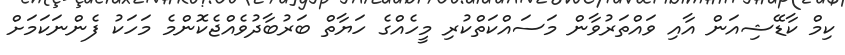
ކިމް ކާޑޭޝިއަން އާއި ވައްތަރުވާން މަސައްކަތްކުރި މީހެއްގެ ހަޔާތް ބަރުބާދުވެއްޖެކޮންމެ މަހަކު ފެންނަކަމަށް